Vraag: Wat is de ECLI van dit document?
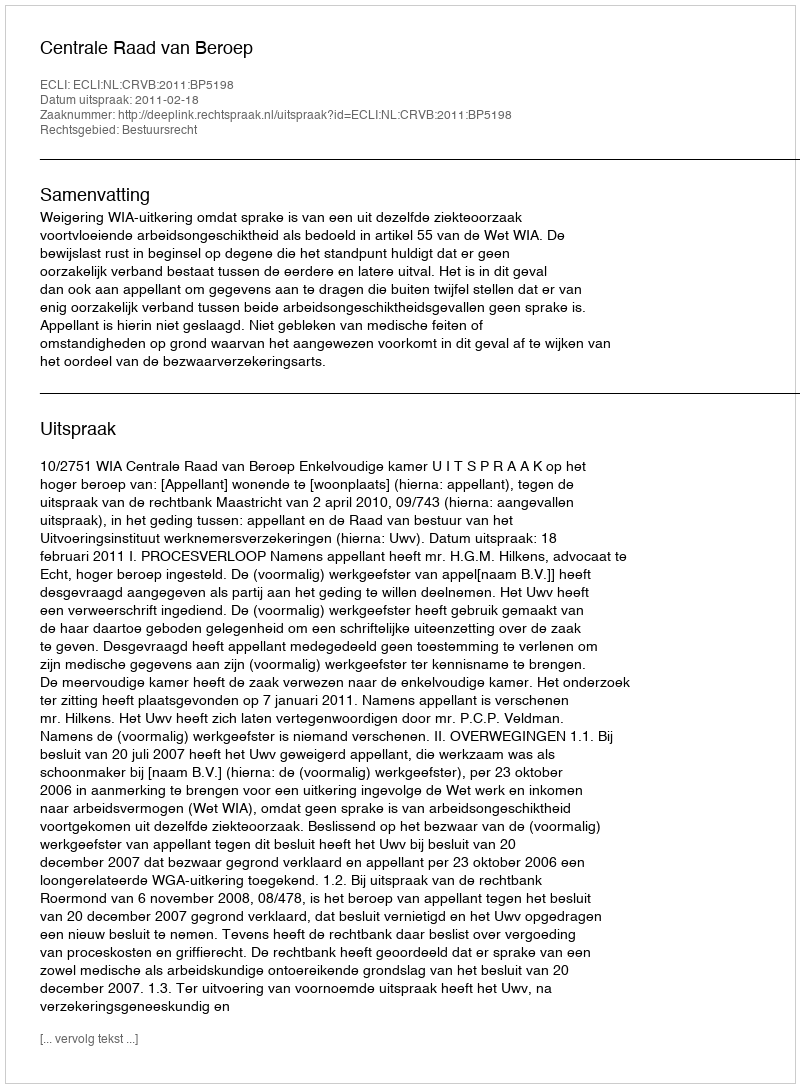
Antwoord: ECLI:NL:CRVB:2011:BP5198